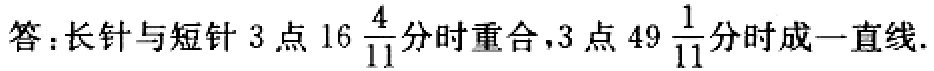
答：长针与短针 3 点 \(16\frac{4}{11}\) 分时重合，3 点 \(49\frac{1}{11}\) 分时成一直线.